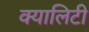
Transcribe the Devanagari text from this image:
क्यालिटी